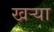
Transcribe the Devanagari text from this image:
खऱ्या